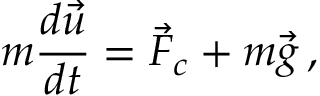
m \frac { d \vec { u } } { d t } = \vec { F } _ { c } + m \vec { g } \, ,